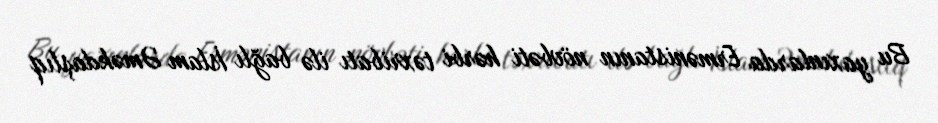
Bu yaxınlarda Ermənistanın növbəti hərbi təxribatı ilə bağlı İslam Əməkdaşlıq